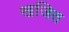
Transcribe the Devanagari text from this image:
खजित